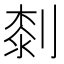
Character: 㓼